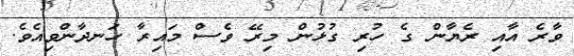
ވާރެ އާއި ރެޔާން ގެ ހުރި ގުޅުން މިރޭ ވެސް މައިރާ ހަނދާންވިއެވެ.